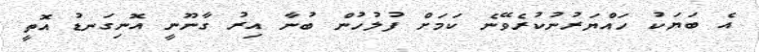
އެ ބަޔަކު ހައްޔަރުނުކުރެވޭނެ ކަމަށް ފުލުހުން ބުނާ އިރު ގާނޫނީ އޮނިގަނޑު އޮތީ